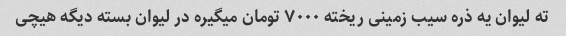
ته لیوان یه ذره سیب زمینی ریخته ۷۰۰۰ تومان میگیره در لیوان بسته دیگه هیچی